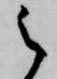
之